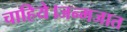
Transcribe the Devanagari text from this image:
चाहिये।जन्मजात